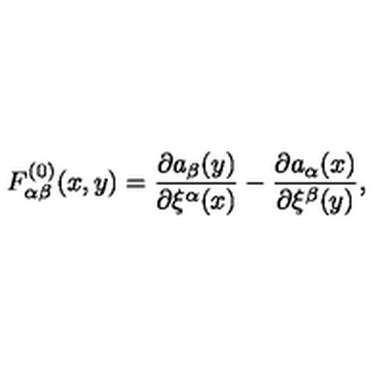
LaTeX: F _ { \alpha \beta } ^ { ( 0 ) } ( x , y ) = \frac { \partial a _ { \beta } ( y ) } { \partial \xi ^ { \alpha } ( x ) } - \frac { \partial a _ { \alpha } ( x ) } { \partial \xi ^ { \beta } ( y ) } ,